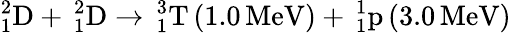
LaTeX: _{1}^{2}\mathrm{D}+\, _{1}^{2}\mathrm{D}\rightarrow\, _{1}^{3}\mathrm{T}\left(1.0\, \mathrm{MeV}\right)+\, _{1}^{1}\mathrm{p}\left(3.0\, \mathrm{MeV}\right)